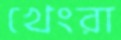
খেংরা